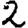
Digit: 2